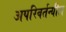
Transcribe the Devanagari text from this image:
अपरिवर्तन्यील